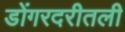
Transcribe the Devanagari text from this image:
डोंगरदरीतली